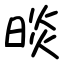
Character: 晱